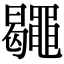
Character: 𪓮